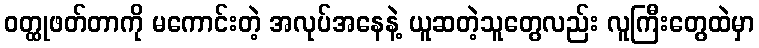
ဝတ္ထုဖတ်တာကို မကောင်းတဲ့ အလုပ်အနေနဲ့ ယူဆတဲ့သူတွေလည်း လူကြီးတွေထဲမှာ